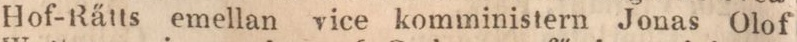
Hof-Rätts emellan vice komministern Jonas Olof